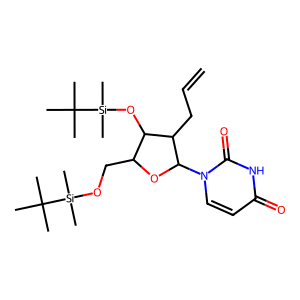
SMILES: C=CCC1C(O[Si](C)(C)C(C)(C)C)C(CO[Si](C)(C)C(C)(C)C)OC1n1ccc(=O)[nH]c1=O
Inhibits HIV replication: No